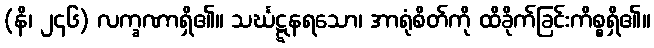
(နိ၊ ၂၄၆) လက္ခဏာရှိ၏။ သင်္ဃဋ္ဋနရသော၊ အာရုံစိတ်ကို ထိခိုက်ခြင်းကိစ္စရှိ၏။